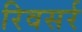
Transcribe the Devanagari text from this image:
रिवसर्र